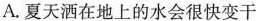
A.夏天洒在地上的水会很快变干